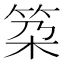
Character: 𥬸